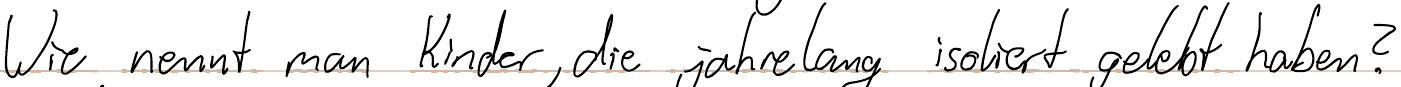
Wie nennt man Kinder, die jahrelang isoliert gelebt haben?